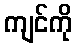
ကျင်ကို